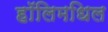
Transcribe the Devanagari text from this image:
हॉलिमधिल